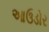
આઉડોર